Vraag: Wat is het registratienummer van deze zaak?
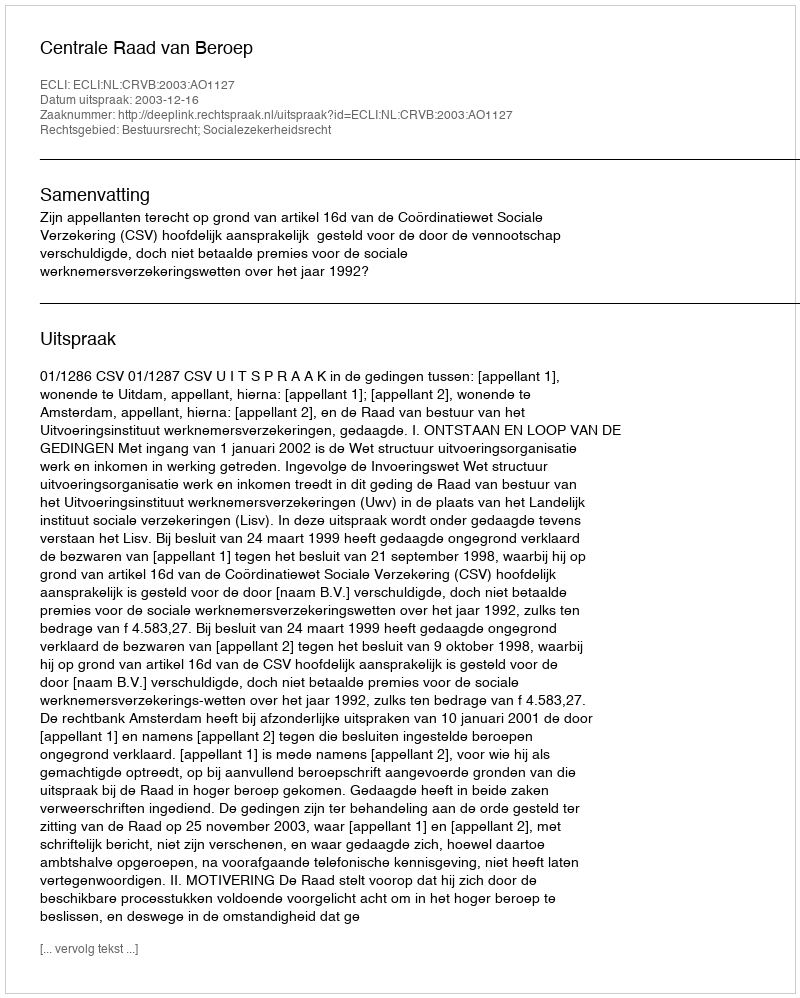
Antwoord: http://deeplink.rechtspraak.nl/uitspraak?id=ECLI:NL:CRVB:2003:AO1127